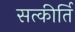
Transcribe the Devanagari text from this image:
सत्कीर्ति